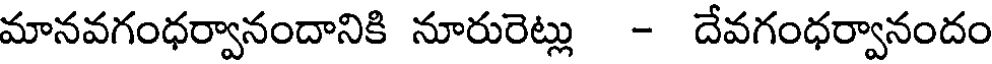
మానవగంధర్వానందానికి నూరురెట్లు - దేవగంధర్వానందం